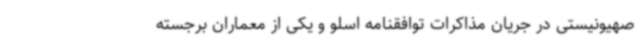
صهیونیستی در جریان مذاکرات توافقنامه اسلو و یکی از معماران برجسته